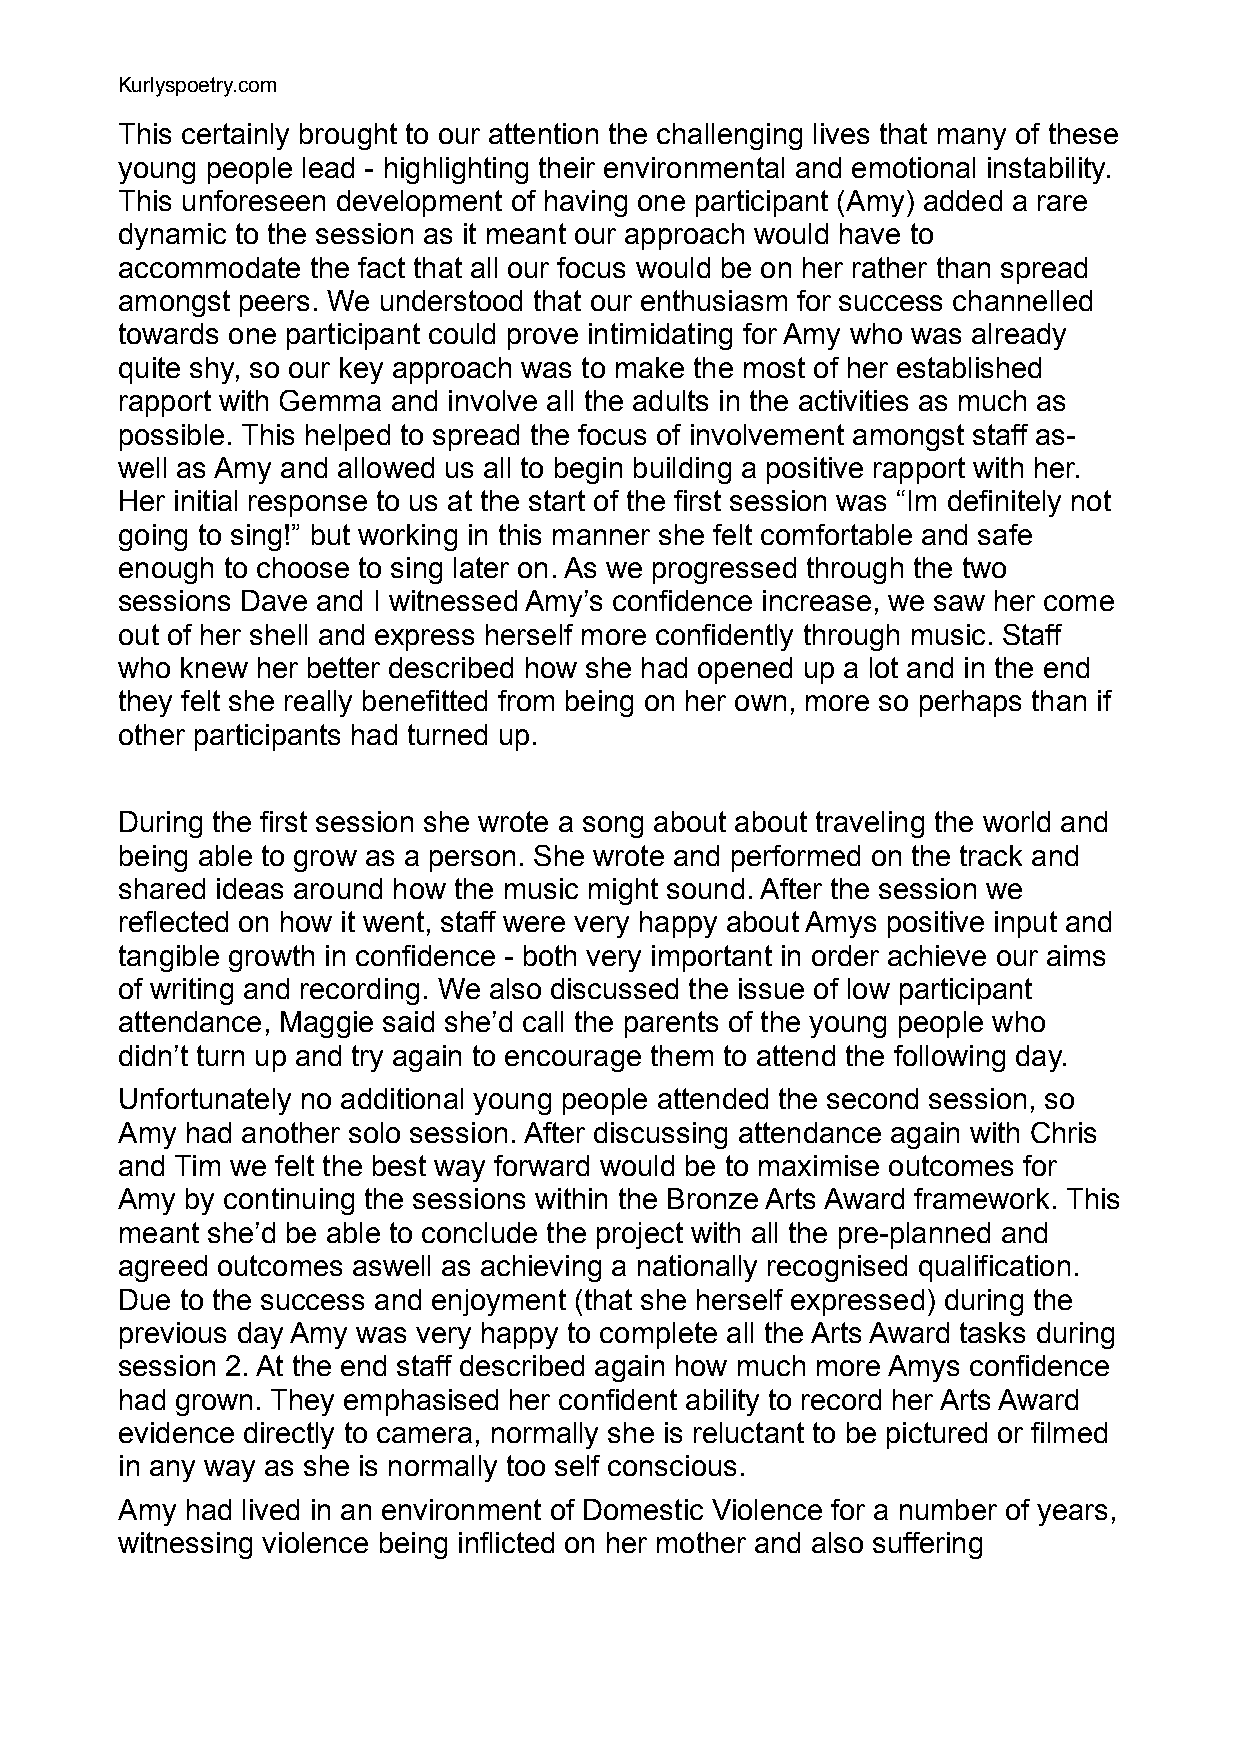
Kurlyspoetry.com
 This certainly brought to our attention the challenging lives that many of these
 young people lead - highlighting their environmental and emotional instability.
 This unforeseen development of having one participant (Amy) added a rare
 dynamic to the session as it meant our approach would have to
 accommodate the fact that all our focus would be on her rather than spread
 amongst peers. We understood that our enthusiasm for success channelled
 towards one participant could prove intimidating for Amy who was already
 quite shy, so our key approach was to make the most of her established
 rapport with Gemma and involve all the adults in the activities as much as
 possible. This helped to spread the focus of involvement amongst staff as-
 well as Amy and allowed us all to begin building a positive rapport with her.
 Her initial response to us at the start of the first session was “Im definitely not
 going to sing!” but working in this manner she felt comfortable and safe
 enough to choose to sing later on. As we progressed through the two
 sessions Dave and I witnessed Amy’s confidence increase, we saw her come
 out of her shell and express herself more confidently through music. Staff
 who knew her better described how she had opened up a lot and in the end
 they felt she really benefitted from being on her own, more so perhaps than if
 other participants had turned up.
 !
 During the first session she wrote a song about about traveling the world and
 being able to grow as a person. She wrote and performed on the track and
 shared ideas around how the music might sound. After the session we
 reflected on how it went, staff were very happy about Amys positive input and
 tangible growth in confidence - both very important in order achieve our aims
 of writing and recording. We also discussed the issue of low participant
 attendance, Maggie said she’d call the parents of the young people who
 didn’t turn up and try again to encourage them to attend the following day.
 Unfortunately no additional young people attended the second session, so
 Amy had another solo session. After discussing attendance again with Chris
 and Tim we felt the best way forward would be to maximise outcomes for
 Amy by continuing the sessions within the Bronze Arts Award framework. This
 meant she’d be able to conclude the project with all the pre-planned and
 agreed outcomes aswell as achieving a nationally recognised qualification.
 Due to the success and enjoyment (that she herself expressed) during the
 previous day Amy was very happy to complete all the Arts Award tasks during
 session 2. At the end staff described again how much more Amys confidence
 had grown. They emphasised her confident ability to record her Arts Award
 evidence directly to camera, normally she is reluctant to be pictured or filmed
 in any way as she is normally too self conscious.
 Amy had lived in an environment of Domestic Violence for a number of years,
 witnessing violence being inflicted on her mother and also suffering
 !